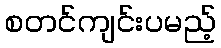
စတင်ကျင်းပမည့်